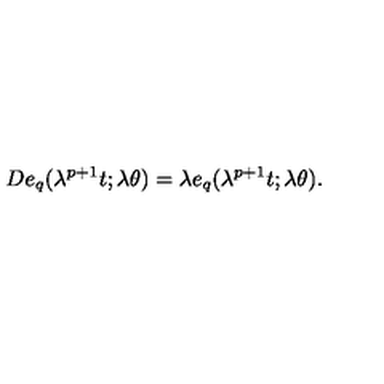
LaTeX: D e _ { q } ( \lambda ^ { p + 1 } t ; \lambda \theta ) = \lambda e _ { q } ( \lambda ^ { p + 1 } t ; \lambda \theta ) .